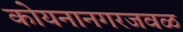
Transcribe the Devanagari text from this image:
कोयनानगरजवळ